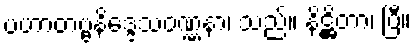
ပဟာတဗ္ဗနိဒ္ဒေသဝဏ္ဏနာ၊ သည်။ နိဋ္ဌိတာ၊ ပြီ။